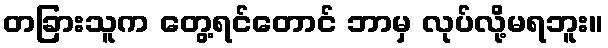
တခြားသူက တွေ့ရင်တောင် ဘာမှ လုပ်လို့မရဘူး။